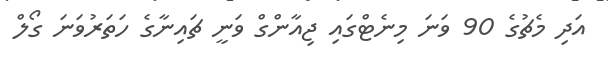
އަދި މެޗުގެ 90 ވަނަ މިނެޓްގައި ޖިއާންގް ވަނީ ޗައިނާގެ ހަތަރުވަނަ ގޯލް